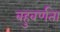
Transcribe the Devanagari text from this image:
बहुवर्णता